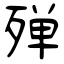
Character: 殚